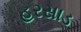
હરસાડ